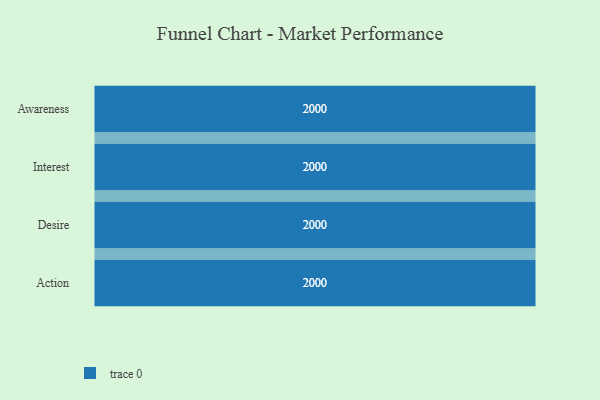
{"axis": {"x": "Stage", "y": "Value"}, "legend": [""], "data": [{"x": "Awareness", "y": 2000, "type": ""}, {"x": "Interest", "y": 2000, "type": ""}, {"x": "Desire", "y": 2000, "type": ""}, {"x": "Action", "y": 2000, "type": ""}]}